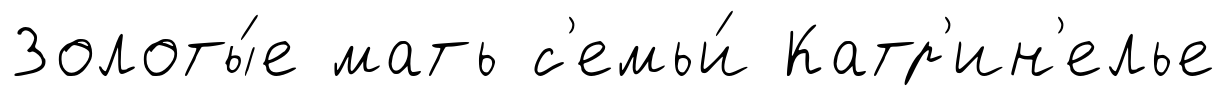
Золоты́е мать с'емьи́ Катр'ин'елье